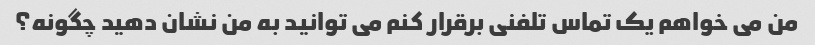
من می خواهم یک تماس تلفنی برقرار کنم می توانید به من نشان دهید چگونه؟